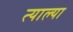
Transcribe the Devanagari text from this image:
त्याल्या